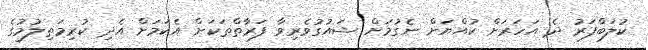
ކުލަބްފަރު ދެ އަހަރަށް ކުއްޔަށް ނެގުމަށް ޝައުގުވެރިވާ ފަރާތްތަކަށް އެކަމަށް އެދި ކުރިމަތިލުމުގެ